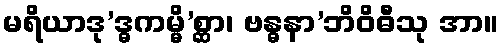
မရိယာဒု’ဒ္ဓကမ္မိ’စ္ဆာ၊ ဗန္ဓနာ’ဘိဝိဓီသု အာ။